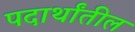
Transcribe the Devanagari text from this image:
पदार्थांतील